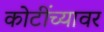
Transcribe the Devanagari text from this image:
कोटींच्यावर